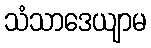
သံသာဒေယျာမ